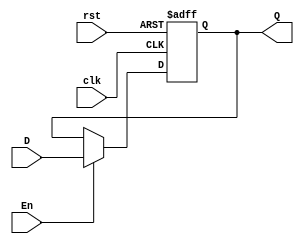
///////////////////////////////////////////////////////////////////////////////
// Module Name: dff
// Description: 32-bit D flip-flop with active rising edge clock and Enable
//
// Ports: 
//    - Q: 32-bit output
//    - D: 32-bit input
//    - clk: system clock
//    - En: Synchronous Enable
///////////////////////////////////////////////////////////////////////////////

module dff(
    output reg [31:0] Q,
    input [31:0] D,
    input clk, En, rst
);
    always @(posedge clk, posedge rst)
      if(rst) Q <= 32'd0;
      else if(En) Q <= D;
endmodule